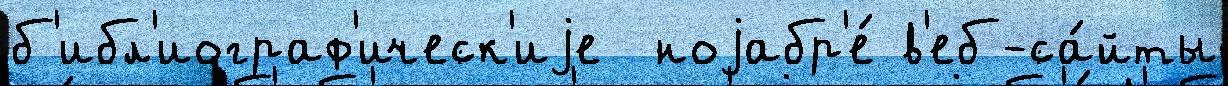
б'ибл'иограф'ическ'иjе  ноjабр'е́ в'еб-са́йты